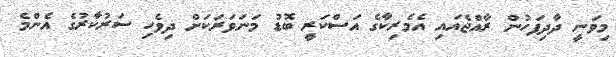
މިވަނީ ދާދިފަހުން ރާއްޖެއައި އެމެރިކާގެ އަސްކަރީ ބޮޑު މަނަވަރަކަށް ދިވެހި ސަރުކާރުގެ އެންމެ